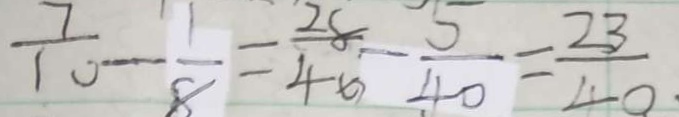
\frac { 7 } { 1 0 } - \frac { 1 } { 8 } = \frac { 2 8 } { 4 0 } - \frac { 5 } { 4 0 } = \frac { 2 3 } { 4 0 }